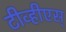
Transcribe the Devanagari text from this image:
टीव्हीएस्